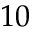
1 0